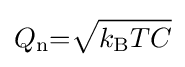
Q_{\text{n}}{=}{\sqrt {k_{\text{B}}TC}}